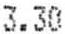
3.30